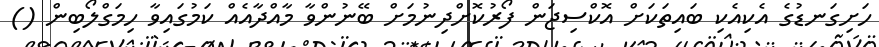
ހަށިގަނޑުގެ އެކިއެކި ބައިތަކަށް އޮކްސިޖަން ފޯރުކޮށްދިނުމަށް ބޭނުންވާ މާއްދާއެއް ކަމުގައިވާ ހިމަގްލޯބިން ()